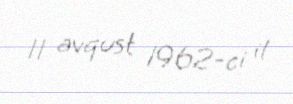
11 avqust 1962-ci il